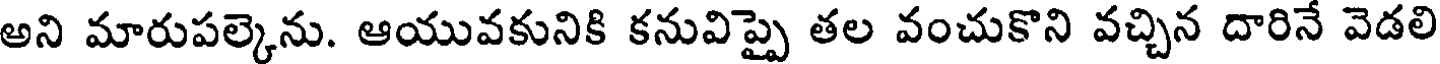
అని మారుపల్కెను. ఆయువకునికి కనువిప్పై తల వంచుకొని వచ్చిన దారినే వెడలి